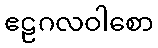
ဧဠဂလဝါစော